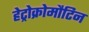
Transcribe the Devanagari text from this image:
हेट्रोक्रोमौटिन